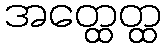
အတ္ထေတ္ထ